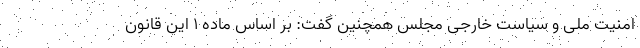
امنیت ملی و سیاست خارجی مجلس همچنین گفت: بر اساس ماده ۱ این قانون